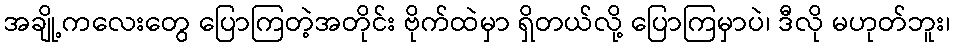
အချို့ကလေးတွေ ပြောကြတဲ့အတိုင်း ဗိုက်ထဲမှာ ရှိတယ်လို့ ပြောကြမှာပဲ၊ ဒီလို မဟုတ်ဘူး၊